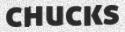
CHUCKS